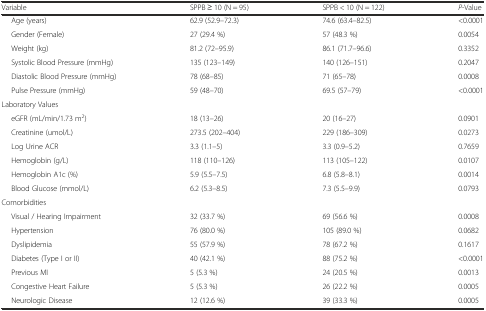
<table><thead><tr><td><b>Variable</b></td><td><b>SPPB ≥ 10 (N = 95)</b></td><td><b>SPPB &lt; 10 (N = 122)</b></td><td><b><i>P</i>-Value</b></td></tr></thead><tbody><tr><td>Age (years)</td><td>62.9 (52.9–72.3)</td><td>74.6 (63.4–82.5)</td><td>&lt;0.0001</td></tr><tr><td>Gender (Female)</td><td>27 (29.4 %)</td><td>57 (48.3 %)</td><td>0.0054</td></tr><tr><td>Weight (kg)</td><td>81.2 (72–95.9)</td><td>86.1 (71.7–96.6)</td><td>0.3352</td></tr><tr><td>Systolic Blood Pressure (mmHg)</td><td>135 (123–149)</td><td>140 (126–151)</td><td>0.2047</td></tr><tr><td>Diastolic Blood Pressure (mmHg)</td><td>78 (68–85)</td><td>71 (65–78)</td><td>0.0008</td></tr><tr><td>Pulse Pressure (mmHg)</td><td>59 (48–70)</td><td>69.5 (57–79)</td><td>&lt;0.0001</td></tr><tr><td>Laboratory Values</td><td></td><td></td><td></td></tr><tr><td>eGFR (mL/min/1.73 m<sup>2</sup>)</td><td>18 (13–26)</td><td>20 (16–27)</td><td>0.0901</td></tr><tr><td>Creatinine (umol/L)</td><td>273.5 (202–404)</td><td>229 (186–309)</td><td>0.0273</td></tr><tr><td>Log Urine ACR</td><td>3.3 (1.1–5)</td><td>3.3 (0.9–5.2)</td><td>0.7659</td></tr><tr><td>Hemoglobin (g/L)</td><td>118 (110–126)</td><td>113 (105–122)</td><td>0.0107</td></tr><tr><td>Hemoglobin A1c (%)</td><td>5.9 (5.5–7.5)</td><td>6.8 (5.8–8.1)</td><td>0.0014</td></tr><tr><td>Blood Glucose (mmol/L)</td><td>6.2 (5.3–8.5)</td><td>7.3 (5.5–9.9)</td><td>0.0793</td></tr><tr><td>Comorbidities</td><td></td><td></td><td></td></tr><tr><td>Visual / Hearing Impairment</td><td>32 (33.7 %)</td><td>69 (56.6 %)</td><td>0.0008</td></tr><tr><td>Hypertension</td><td>76 (80.0 %)</td><td>105 (89.0 %)</td><td>0.0682</td></tr><tr><td>Dyslipidemia</td><td>55 (57.9 %)</td><td>78 (67.2 %)</td><td>0.1617</td></tr><tr><td>Diabetes (Type I or II)</td><td>40 (42.1 %)</td><td>88 (75.2 %)</td><td>&lt;0.0001</td></tr><tr><td>Previous MI</td><td>5 (5.3 %)</td><td>24 (20.5 %)</td><td>0.0013</td></tr><tr><td>Congestive Heart Failure</td><td>5 (5.3 %)</td><td>26 (22.2 %)</td><td>0.0005</td></tr><tr><td>Neurologic Disease</td><td>12 (12.6 %)</td><td>39 (33.3 %)</td><td>0.0005</td></tr></tbody></table>